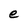
Character: e